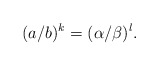
\begin{align*} (a/b)^k=(\alpha/\beta)^l.\end{align*}